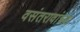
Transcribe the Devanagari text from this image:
वसंतरावांच्‍या